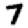
Digit: 7